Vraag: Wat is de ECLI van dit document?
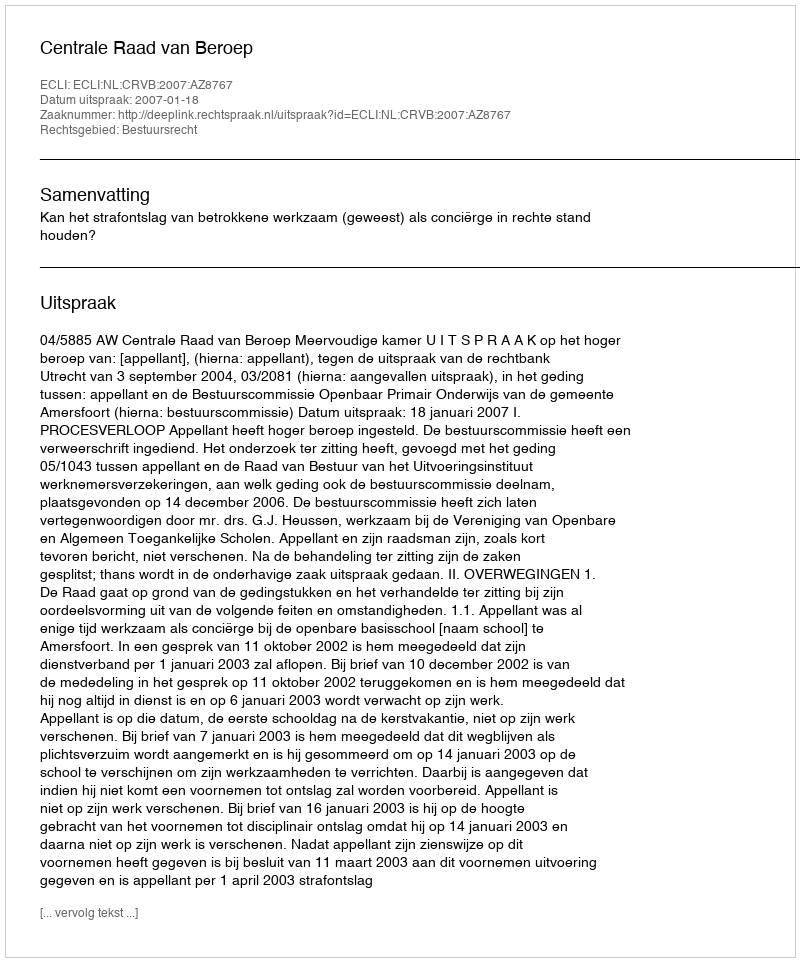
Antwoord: ECLI:NL:CRVB:2007:AZ8767